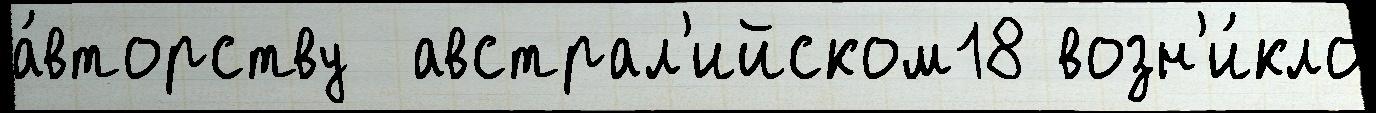
а́вторству  австрал'ийском18 возн'и́кло